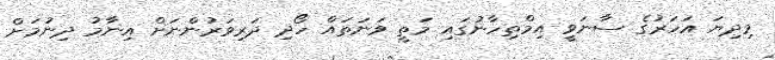
މިދިޔަ އަހަރުގެ ސާނަވީ އިމްތިހާނުގައި މަތީ ވަނަތައް ހޯދި ދަރިވަރުންނަށް އިނާމު ދިނުމަށް